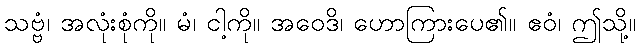
သဗ္ဗံ၊ အလုံးစုံကို။ မံ၊ ငါ့ကို။ အဝေဒိ၊ ဟောကြားပေ၏။ ဧဝံ၊ ဤသို့။